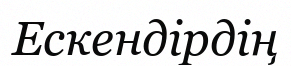
Ескендірдің